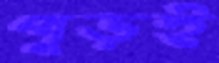
পুড়ই